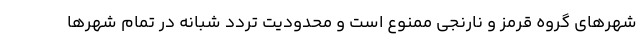
شهرهای گروه قرمز و نارنجی ممنوع است و محدودیت تردد شبانه در تمام شهرها